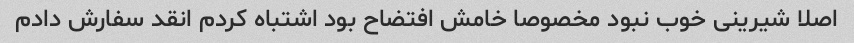
اصلا شیرینی خوب نبود مخصوصا خامش افتضاح بود اشتباه کردم انقد سفارش دادم